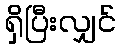
ရှိပြီးလျှင်